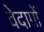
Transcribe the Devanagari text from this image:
वेदागों